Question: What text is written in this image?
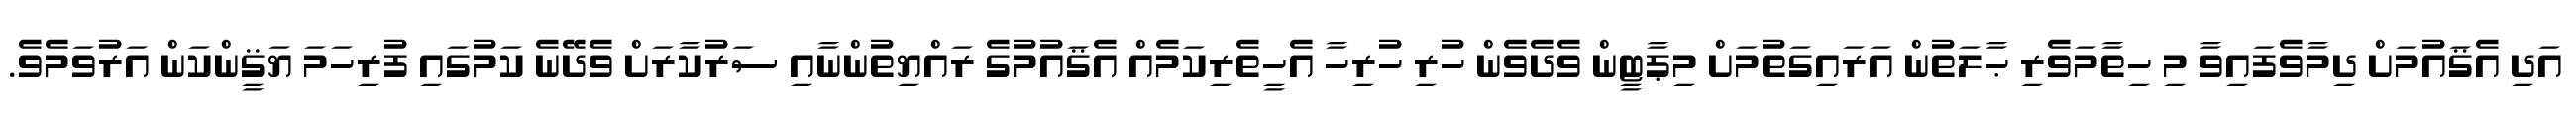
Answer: އަދި އެޤައުމަށް ދިމާވެފައިވާ މި ހިތާމަވެރި ޙާލަތުން އަރައިގަތުމަށް މިޕާޓީން ވެދެވެން ހުރި ހުރިހާ އެހީތެރިކަމެއް އެޤައުމުގެ ރައްޔިތުންނާއި ސަރުކާރަށް ވެދޭނެ ކަމުގައި ފުރިހަމަ ޔަޤީންކަން އަރުވަމެވެ.